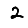
Digit: 2